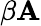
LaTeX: \beta\mathbf{A}